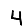
Digit: 4